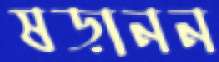
ষড়ানন